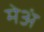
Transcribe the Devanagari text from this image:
मेअं